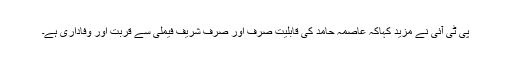
پی ٹی آئی نے مزید کہاکہ عاصمہ حامد کی قابلیت صرف اور صرف شریف فیملی سے قربت اور وفاداری ہے۔